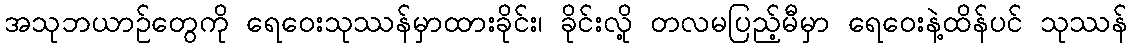
အသုဘယာဉ်တွေကို ရေဝေးသုဿန်မှာထားခိုင်း၊ ခိုင်းလို့ တလမပြည့်မီမှာ ရေဝေးနဲ့ထိန်ပင် သုဿန်